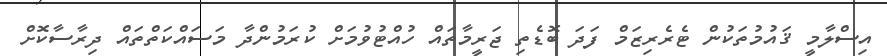
އިސްލާމީ ޤައުމުތަކުން ޓެރެރިޒަމް ފަދަ ބޮޑެތި ޖަރީމާތައް ހުއްޓުވުމަށް ކުރަމުންދާ މަސައްކަތްތައް ދިރާސާކޮށް